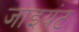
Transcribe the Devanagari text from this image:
जाइयंट